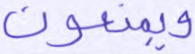
ويمنعون